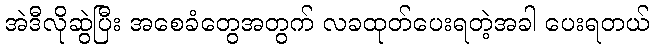
အဲဒီလိုဆွဲပြီး အစေခံတွေအတွက် လခထုတ်ပေးရတဲ့အခါ ပေးရတယ်